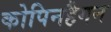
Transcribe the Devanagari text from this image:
कोपिनहैगन